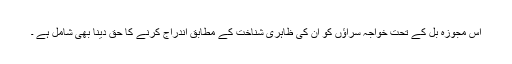
اس مجوزہ بل کے تحت خواجہ سراؤں کو ان کی ظاہری شناخت کے مطابق اندراج کرنے کا حق دینا بھی شامل ہے ۔